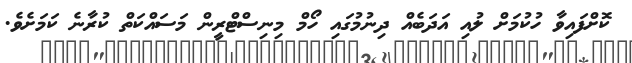
ކޮށްފައިވާ ހުކުމަށް ލުއި އަދަބެއް ދިނުމުގައި ހޯމް މިނިސްޓްރީން މަސައްކަތް ކުރާނެ ކަމަށެވެ.